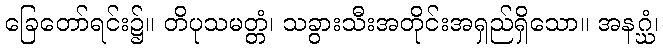
ခြေတော်ရင်း၌။ တိပုသမတ္တံ၊ သခွားသီးအတိုင်းအရှည်ရှိသော။ အနဂ္ဃံ၊